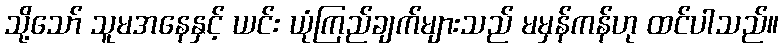
သို့သော် သူမအနေနှင့် ယင်း ယုံကြည်ချက်များသည် မမှန်ကန်ဟု ထင်ပါသည်။